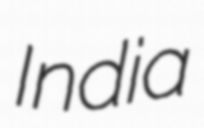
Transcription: India